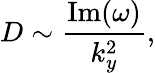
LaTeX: D\sim\frac{\mathrm{Im}(\omega)}{k_{y}^{2}},